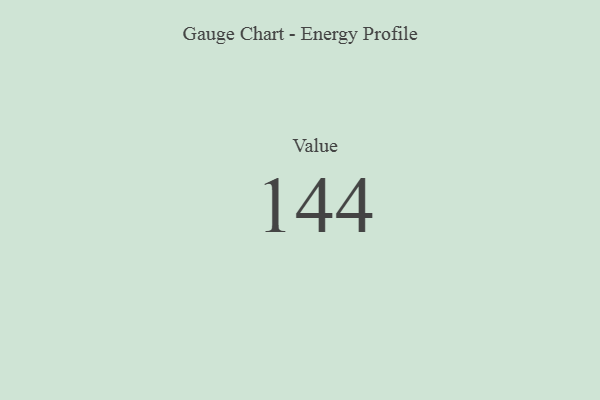
{"axis": {"x": "Metric", "y": "Value"}, "legend": [""], "data": [{"x": "Value", "y": 144, "type": ""}]}